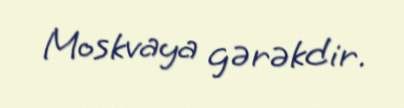
Moskvaya gərəkdir.